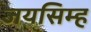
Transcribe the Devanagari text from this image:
जयसिम्ह